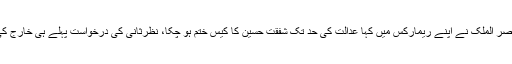
چیف جسٹس ناصر الملک نے اپنے ریمارکس میں کہا عدالت کی حد تک شفقت حسین کا کیس ختم ہو چکا، نظرثانی کی درخواست پہلے ہی خارج کی جا چکی ہے۔